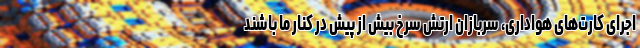
اجرای کارت‌های هواداری، سربازان ارتش سرخ بیش از پیش در کنار ما باشند